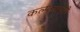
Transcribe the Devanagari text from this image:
कल्पनासृष्टी